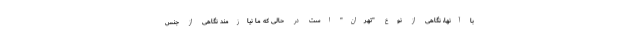
با آنها، نگاهی از نوع "تهران" است در حالی که ما نیازمند نگاهی از جنس